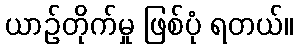
ယာဉ်တိုက်မှု ဖြစ်ပုံ ရတယ်။